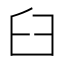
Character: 臼